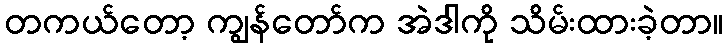
တကယ်တော့ ကျွန်တော်က အဲဒါကို သိမ်းထားခဲ့တာ။